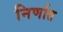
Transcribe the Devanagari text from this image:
निर्णात